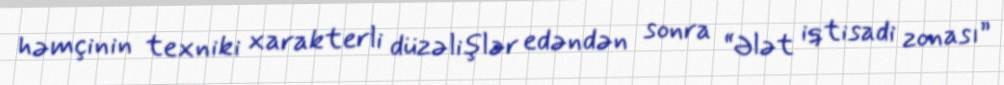
həmçinin texniki xarakterli düzəlişlər edəndən sonra “Ələt iqtisadi zonası”